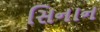
સિનાન